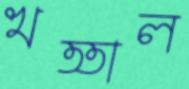
খত্তাল